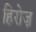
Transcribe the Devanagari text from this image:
हिरोज़